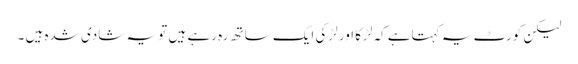
لیکن کورٹ یہ کہتاہے کہ لڑکا اور لڑکی ایک ساتھ رہ رہے ہیں تو یہ شادی شدہ ہیں ۔